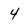
Character: 4